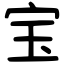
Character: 宝